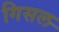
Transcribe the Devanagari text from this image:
गिसल